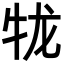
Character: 𪺪